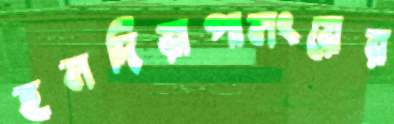
হলদিয়াপালংয়ের